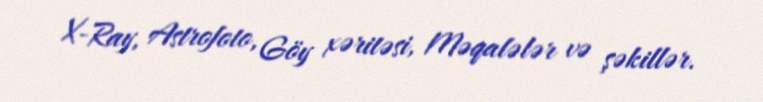
X-Ray, Astrofoto, Göy xəritəsi, Məqalələr və şəkillər.